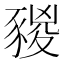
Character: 𧱭